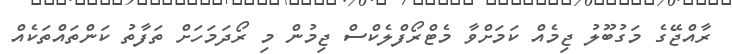
ރާއްޖޭގެ މަގުބޫލު ޖިމެއް ކަމަށްވާ މެޓްރޯފްލެކްސް ޖިމުން މި ރޯދަމަހަށް ތަފާތު ކަންތައްތަކެއް